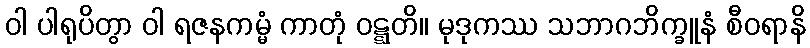
ဝါ ပါရုပိတွာ ဝါ ရဇနကမ္မံ ကာတုံ ဝဋ္ဋတိ။ မုဒုကဿ သဘာဂဘိက္ခူနံ စီဝရာနိ